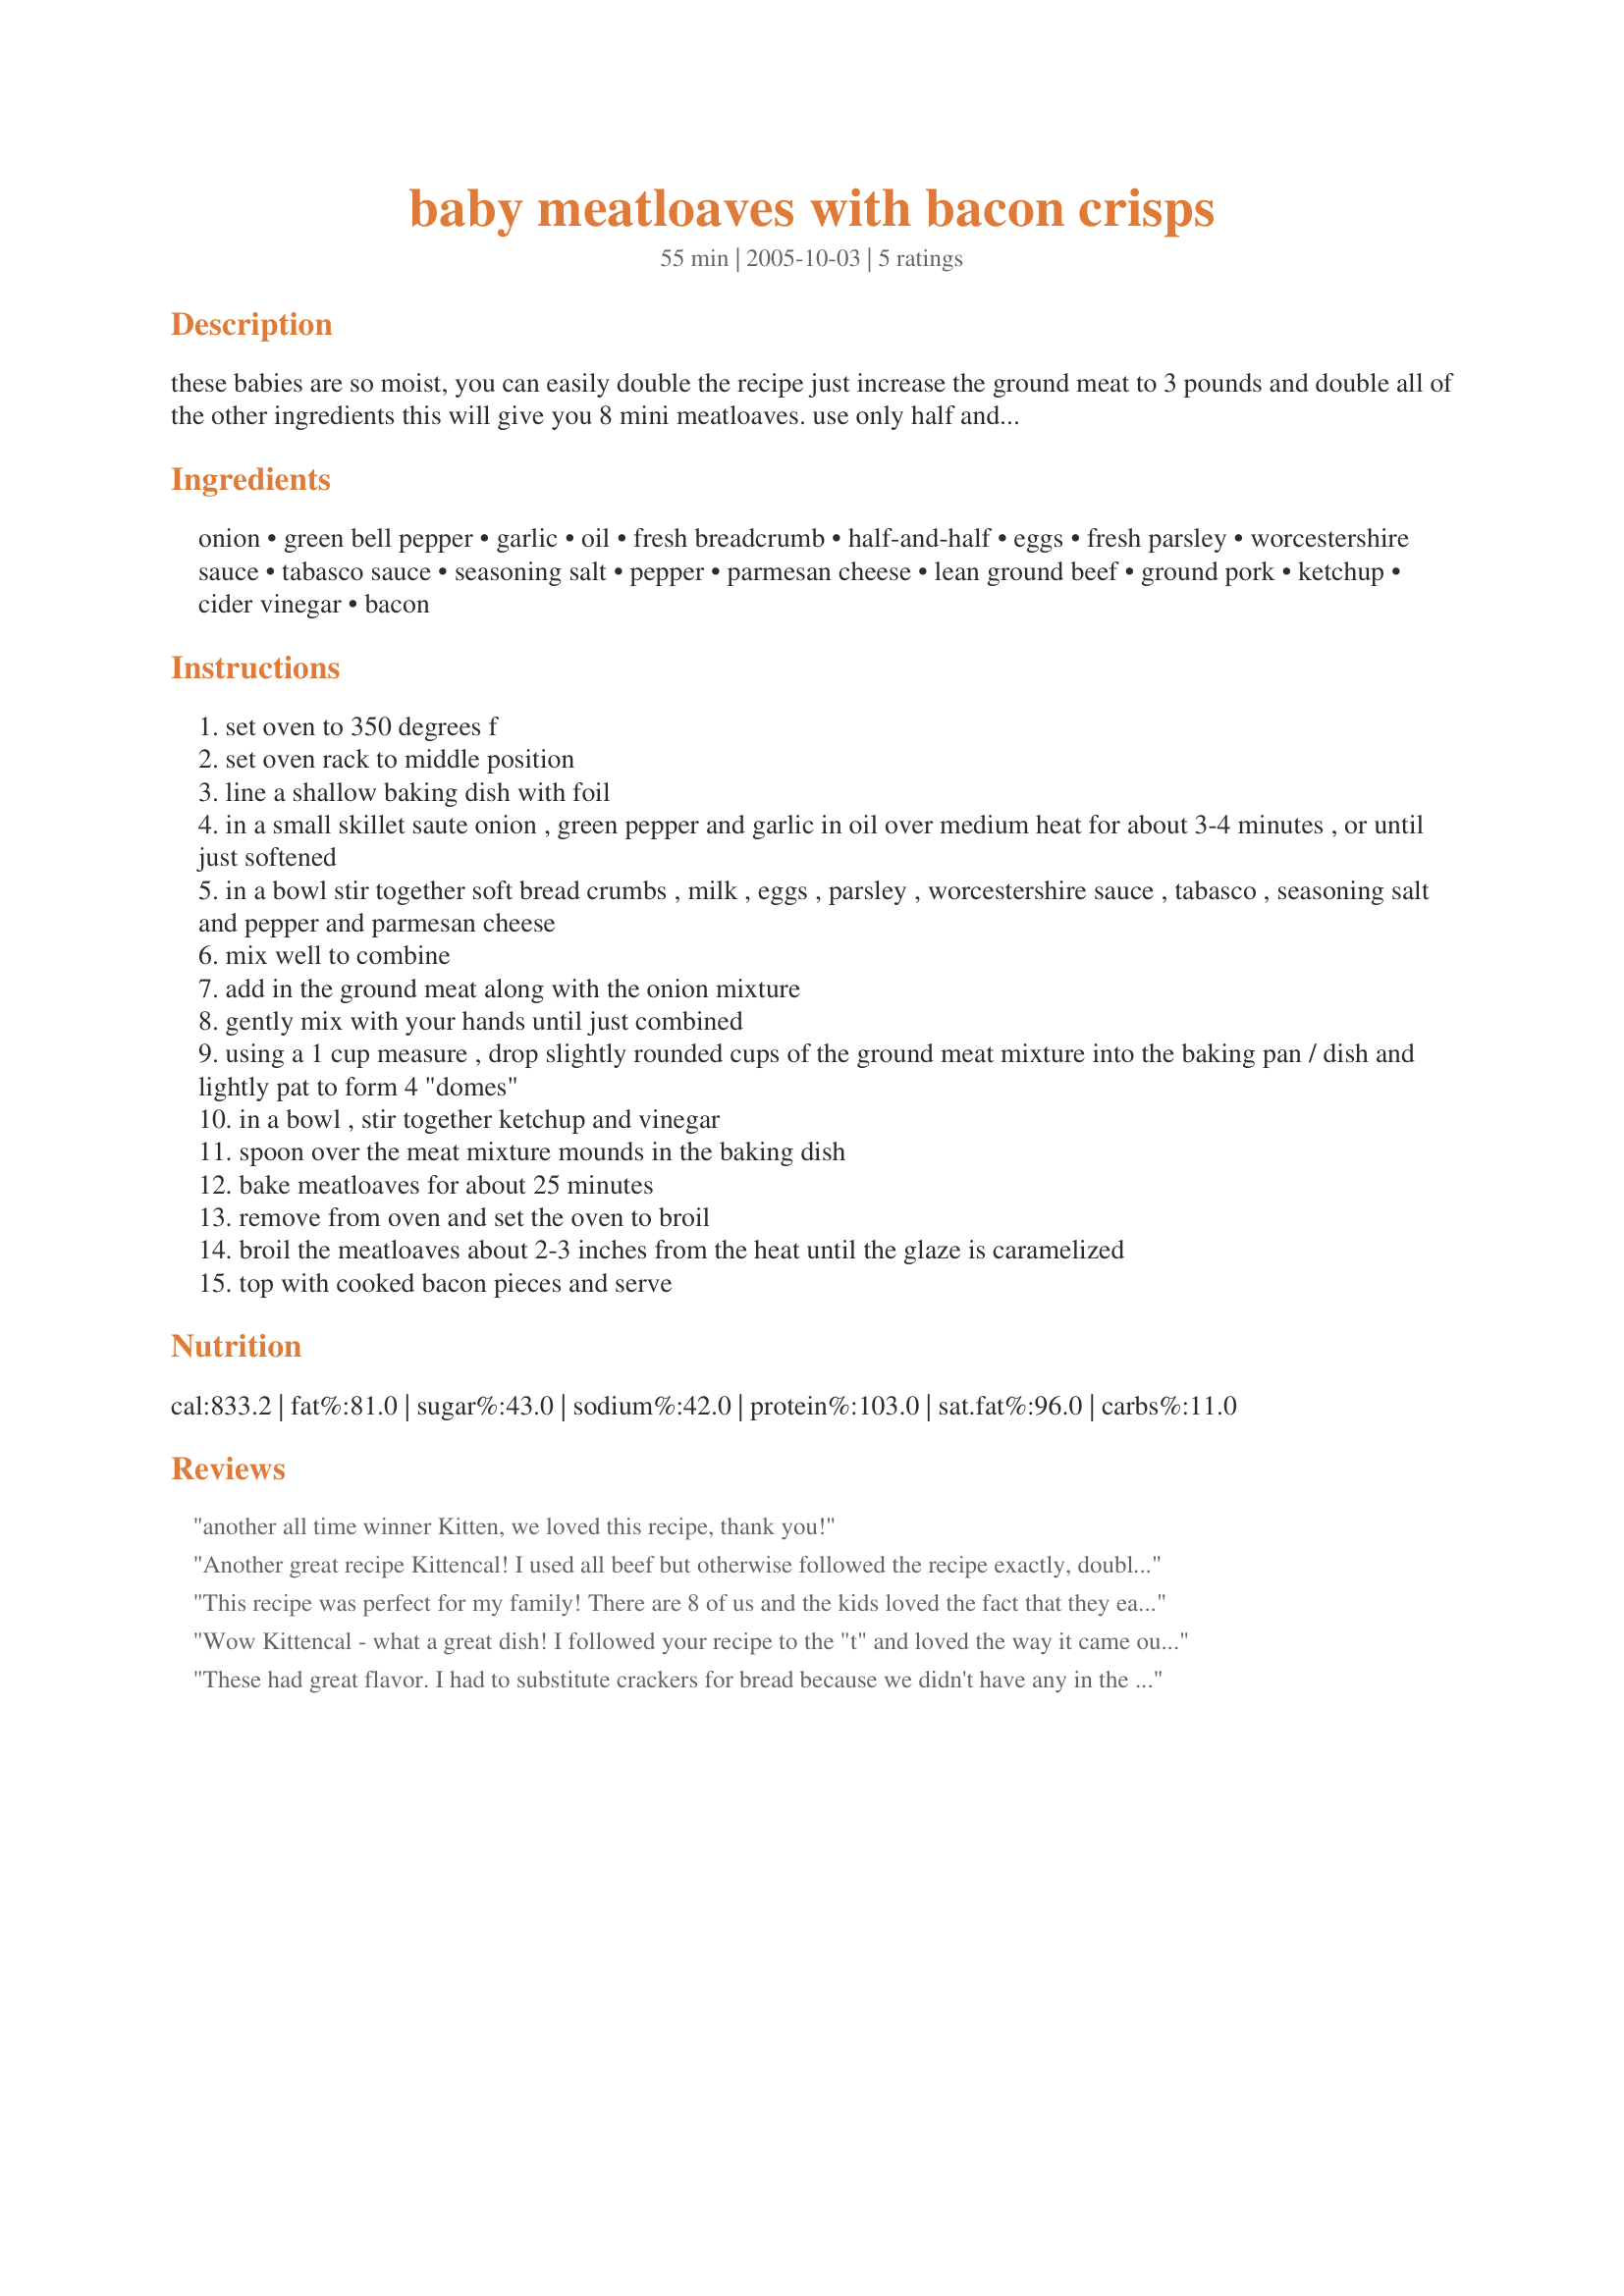
baby meatloaves with bacon crisps
Preparation time: 55 minutes

these babies are so moist, you can easily double the recipe just increase the ground meat to 3 pounds and double all of the other ingredients this will give you 8 mini meatloaves. use only half and half or full-fat milk for this, it will produce a moisture meatloaf. for an extra kick add in a couple tablespoons grated parmesan cheese to the meat mixture.

Ingredients:
onion, green bell pepper, garlic, oil, fresh breadcrumb, half-and-half, eggs, fresh parsley, worcestershire sauce, tabasco sauce, seasoning salt, pepper, parmesan cheese, lean ground beef, ground pork, ketchup, cider vinegar, bacon

Steps:
set oven to 350 degrees f
set oven rack to middle position
line a shallow baking dish with foil
in a small skillet saute onion , green pepper and garlic in oil over medium heat for about 3-4 minutes , or until just softened
in a bowl stir together soft bread crumbs , milk , eggs , parsley , worcestershire sauce , tabasco , seasoning salt and pepper and parmesan cheese
mix well to combine
add in the ground meat along with the onion mixture
gently mix with your hands until just combined
using a 1 cup measure , drop slightly rounded cups of the ground meat mixture into the baking pan / dish and lightly pat to form 4 "domes"
in a bowl , stir together ketchup and vinegar
spoon over the meat mixture mounds in the baking dish
bake meatloaves for about 25 minutes
remove from oven and set the oven to broil
broil the meatloaves about 2-3 inches from the heat until the glaze is caramelized
top with cooked bacon pieces and serve

Reviews:
another all time winner Kitten, we loved this recipe, thank you!
Another great recipe Kittencal! I used all beef but otherwise followed the recipe exactly, doubling the amounts to make 8 meatloaves. Everybody loved it.
This recipe was perfect for my family! There are 8 of us and the kids loved the fact that they each had their own little meatloaf. I didn't add the bacon but other than that followed the recipe and everyone loved it! Thanks so much!
Wow Kittencal - what a great dish! I followed your recipe to the "t" and loved the way it came out. Thanks so much for yet another awesome creation.
These had great flavor. I had to substitute crackers for bread because we didn't have any in the house. I increased them to 1 cup crackers and yet they were still a bit too moist. I loved the single serving size and the little bit of zing in the ketchup. I will make these again with bread.
